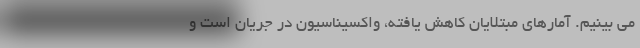
می بینیم. آمارهای مبتلایان کاهش یافته، واکسیناسیون در جریان است و